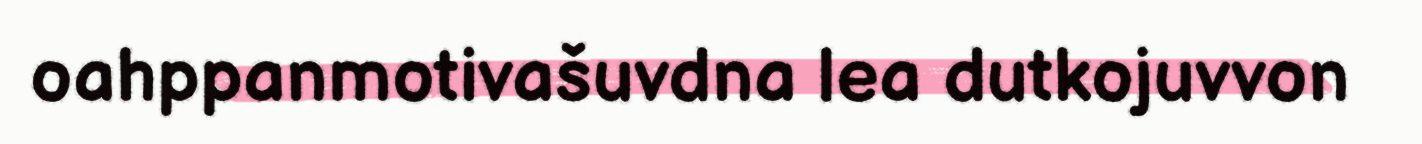
oahppanmotivašuvdna lea dutkojuvvon